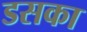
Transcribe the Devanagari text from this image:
डसका